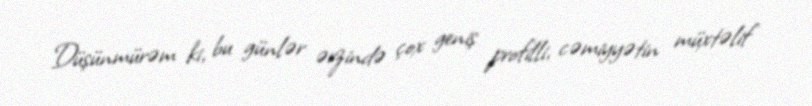
Düşünmürəm ki, bu günlər ərzində çox geniş profilli, cəmiyyətin müxtəlif